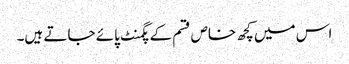
اس میں کچھ خاص قسم کے پگمنٹ پائے جاتے ہیں۔